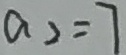
a _ { 2 } = 7